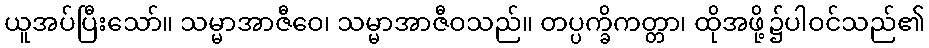
ယူအပ်ပြီးသော်။ သမ္မာအာဇီဝေ၊ သမ္မာအာဇီဝသည်။ တပ္ပက္ခိကတ္တာ၊ ထိုအဖို့၌ပါဝင်သည်၏